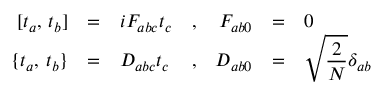
\begin{array} { r c l c r c l } { { \displaystyle [ t _ { a } , \, t _ { b } ] } } & { { = } } & { { i F _ { a b c } t _ { c } } } & { { , } } & { { F _ { a b 0 } } } & { { = } } & { { 0 } } \\ { { \displaystyle \{ t _ { a } , \, t _ { b } \} } } & { { = } } & { { D _ { a b c } t _ { c } } } & { { , } } & { { D _ { a b 0 } } } & { { = } } & { { \displaystyle \sqrt { \frac { 2 } { N } } \delta _ { a b } } } \end{array}